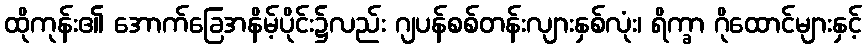
ထိုကုန်း၏ အောက်ခြေအနိမ့်ပိုင်း၌လည်း ဂျပန်စစ်တန်းလျားနှစ်လုံး၊ ရိက္ခာ ဂိုထောင်များနှင့်